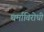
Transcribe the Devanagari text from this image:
धर्माविरोधी